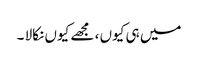
میں ہی کیوں ، مجھے کیوں نکالا ۔